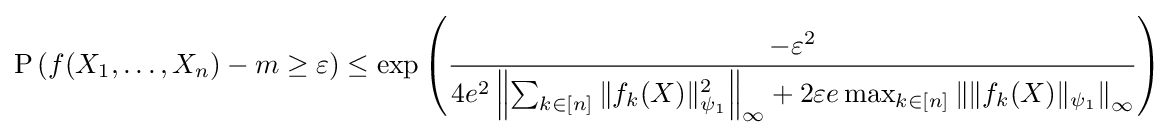
{\text{P}}\left(f(X_{1},\ldots ,X_{n})-m\geq \varepsilon \right)\leq \exp \left({\frac {-\varepsilon ^{2}}{4e^{2}\left\|\sum _{k\in [n]}\|f_{k}(X)\|_{\psi _{1}}^{2}\right\|_{\infty }+2\varepsilon e\max _{k\in [n]}\left\|\|f_{k}(X)\|_{\psi _{1}}\right\|_{\infty }}}\right)